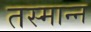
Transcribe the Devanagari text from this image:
तस्मान्न